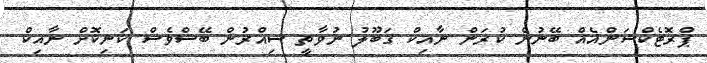
ޕްރޮޓެކްޝަންއެއް ބޭނުން ކުރަން ނާއިކް ޤަބޫލު ނުވާތީ ސިއްރުން ބޭސްވެސް ކަނިކޮށް ނާއިކް